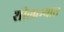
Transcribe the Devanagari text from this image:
शीलाभ्यास